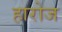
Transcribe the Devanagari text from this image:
हारोज